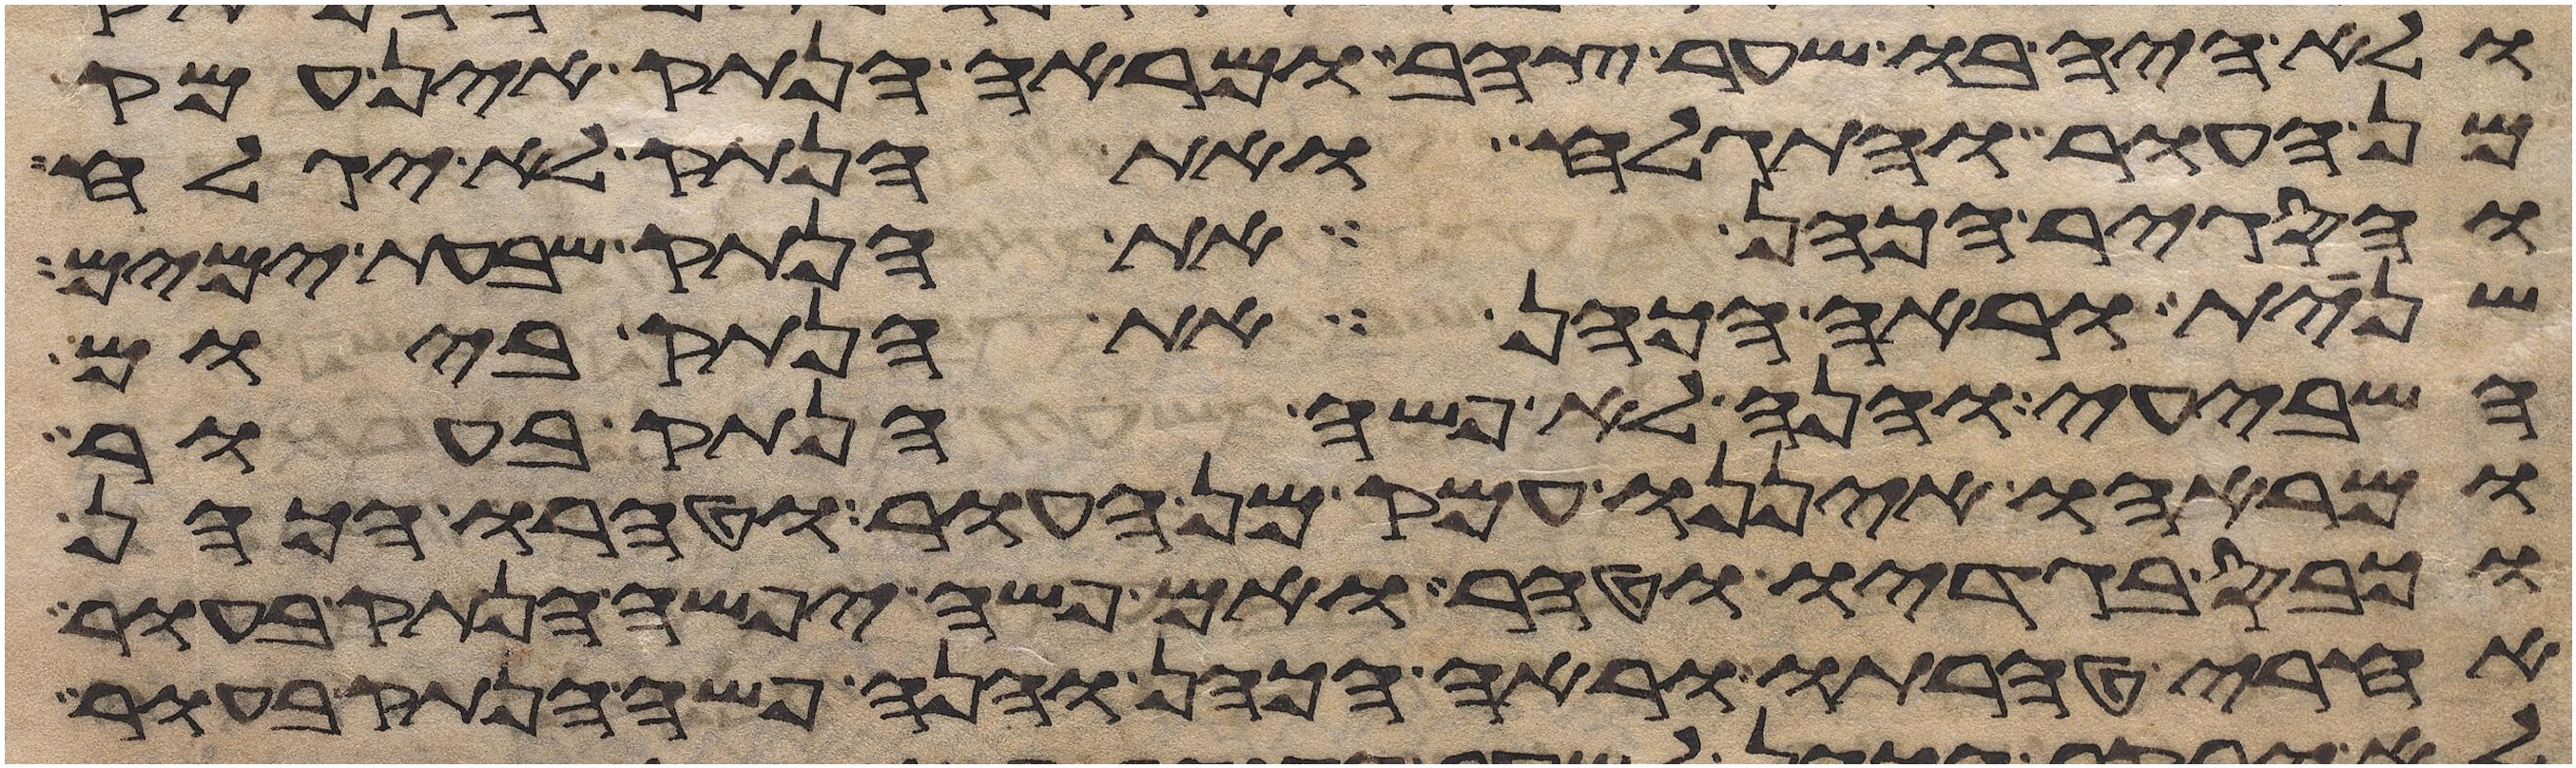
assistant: ולא היה בו שער צהב ומראה הנתק אין עמק
מן העור והתגלח ואת הנתק לא יגלח
והסגיר הכהן את הנתק שבעת ימים
שנית וראה הכהן את הנתק ביום
השביעי והנה לא פשה הנתק בעור
ומראהו איננו עמק מן העור וטהרו הכהן
וכבס בגדיו וטהר ואם פשה יפשה הנתק בעור
אחרי טהרתו וראה הכהן והנה פשה הנתק בעור